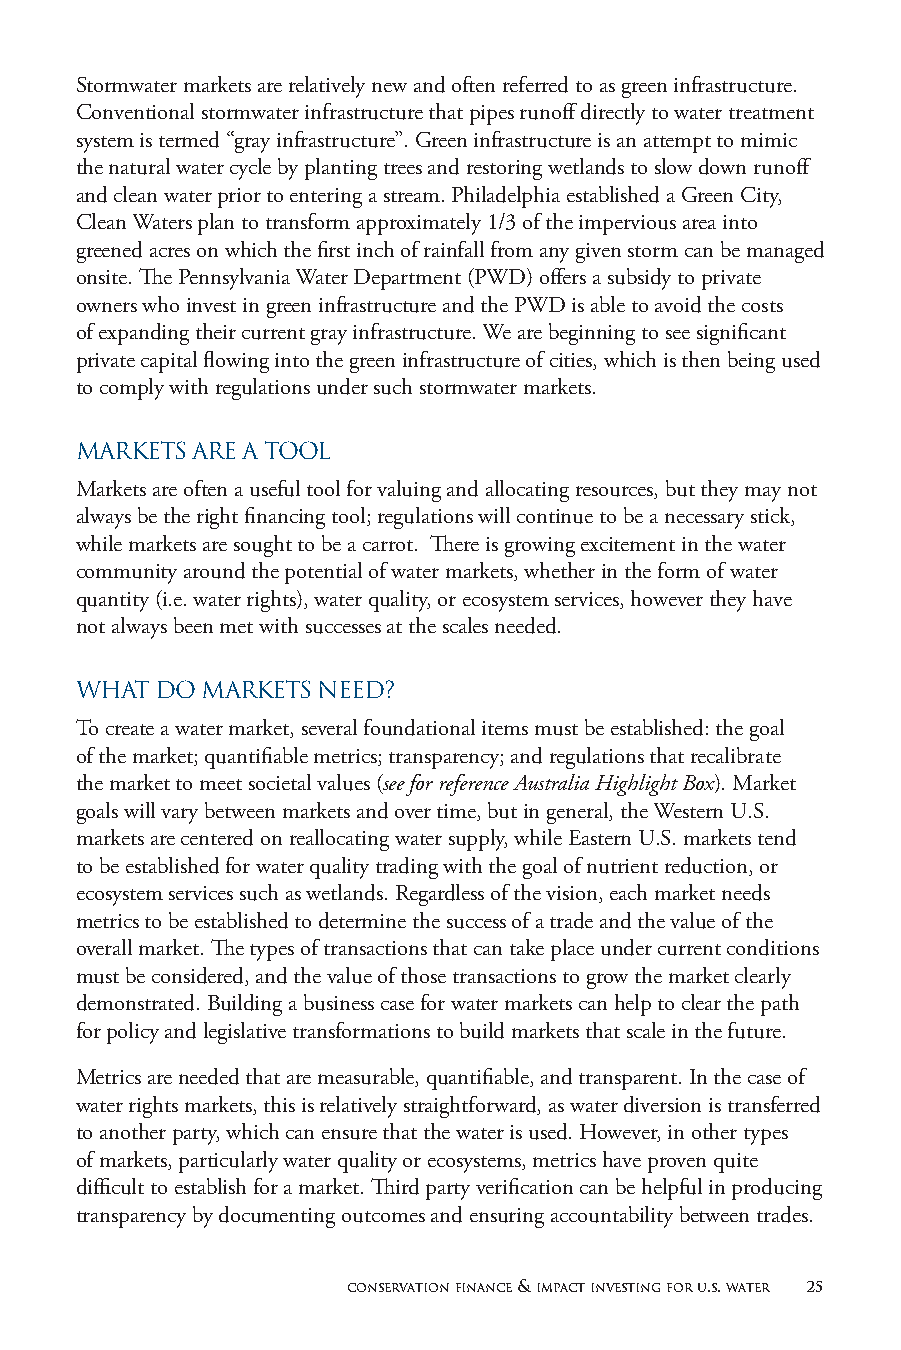
Stormwater markets are relatively new and often referred to as green infrastructure.
 Conventional stormwater infrastructure that pipes runoff directly to water treatment
 system is termed “gray infrastructure”. Green infrastructure is an attempt to mimic
 the natural water cycle by planting trees and restoring wetlands to slow down runoff
 and clean water prior to entering a stream. Philadelphia established a Green City,
 Clean Waters plan to transform approximately 1/3 of the impervious area into
 greened acres on which the first inch of rainfall from any given storm can be managed
 onsite. The Pennsylvania Water Department (PWD) offers a subsidy to private
 owners who invest in green infrastructure and the PWD is able to avoid the costs
 of expanding their current gray infrastructure. We are beginning to see significant
 private capital flowing into the green infrastructure of cities, which is then being used
 to comply with regulations under such stormwater markets.
 MARKETS ARE A TOOL
 Markets are often a useful tool for valuing and allocating resources, but they may not
 always be the right financing tool; regulations will continue to be a necessary stick,
 while markets are sought to be a carrot. There is growing excitement in the water
 community around the potential of water markets, whether in the form of water
 quantity (i.e. water rights), water quality, or ecosystem services, however they have
 not always been met with successes at the scales needed.
 WHAT DO MARKETS NEED?
 To create a water market, several foundational items must be established: the goal
 of the market; quantifiable metrics; transparency; and regulations that recalibrate
 the market to meet societal values (see for reference Australia Highlight Box). Market
 goals will vary between markets and over time, but in general, the Western U.S.
 markets are centered on reallocating water supply, while Eastern U.S. markets tend
 to be established for water quality trading with the goal of nutrient reduction, or
 ecosystem services such as wetlands. Regardless of the vision, each market needs
 metrics to be established to determine the success of a trade and the value of the
 overall market. The types of transactions that can take place under current conditions
 must be considered, and the value of those transactions to grow the market clearly
 demonstrated. Building a business case for water markets can help to clear the path
 for policy and legislative transformations to build markets that scale in the future.
 Metrics are needed that are measurable, quantifiable, and transparent. In the case of
 water rights markets, this is relatively straightforward, as water diversion is transferred
 to another party, which can ensure that the water is used. However, in other types
 of markets, particularly water quality or ecosystems, metrics have proven quite
 difficult to establish for a market. Third party verification can be helpful in producing
 transparency by documenting outcomes and ensuring accountability between trades.
 conservation finance & impact investing for u.s. water 25